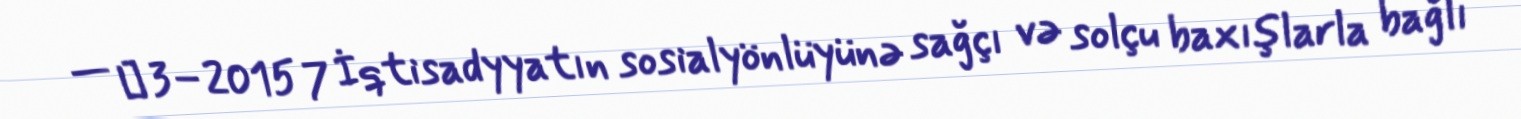
— № 3–2015 7 İqtisadyyatın sosialyönlüyünə sağçı və solçu baxışlarla bağlı